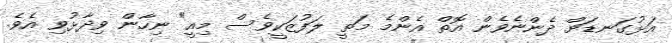
އަޅުގަނޑަށް ދެންނެވެން އޮތް އެންމެ މަތީ ލަފުޒަކީވެސް މިއީ" ނިހާން ވިދާޅުވި އެވެ.